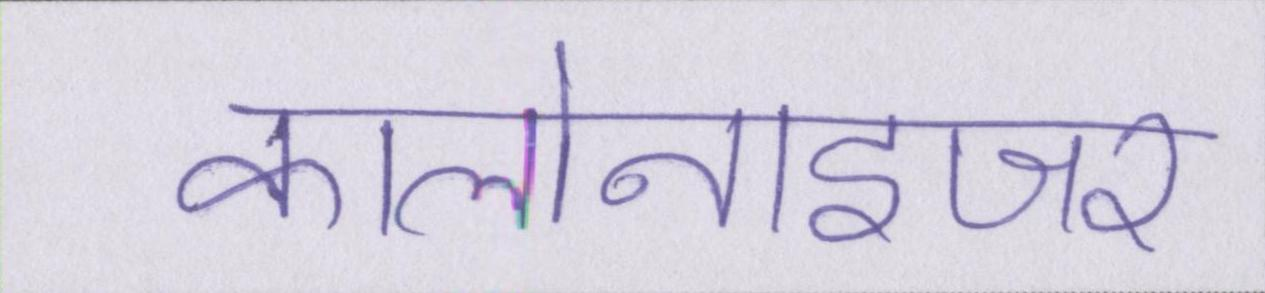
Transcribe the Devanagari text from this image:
कालोनाइजर